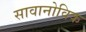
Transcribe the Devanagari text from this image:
सावानोविक